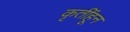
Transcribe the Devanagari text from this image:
कृतींहून